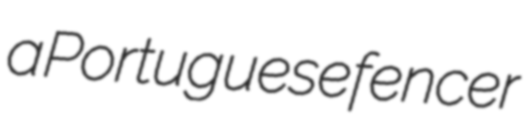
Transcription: a Portuguese fencer